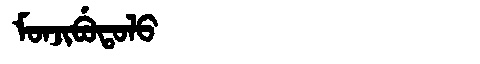
Manchu: ᠮᠣᠨᠵᡳᠪᡠᡨᠣᠯᠣ
Romanization: MONJIBUTOLO